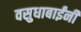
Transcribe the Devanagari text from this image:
वसुधाबाईंनी